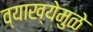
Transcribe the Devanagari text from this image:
व्याख्येमुळे